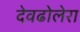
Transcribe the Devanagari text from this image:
देवढोलेरा